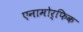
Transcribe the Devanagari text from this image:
एनामोर्फिक